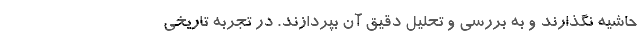
حاشیه نگذارند و به بررسی و تحلیل دقیق آن بپردازند. در تجربه تاریخی